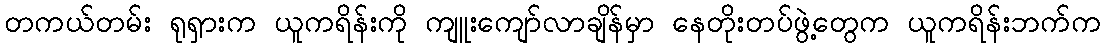
တကယ်တမ်း ရုရှားက ယူကရိန်းကို ကျူးကျော်လာချိန်မှာ နေတိုးတပ်ဖွဲ့တွေက ယူကရိန်းဘက်က